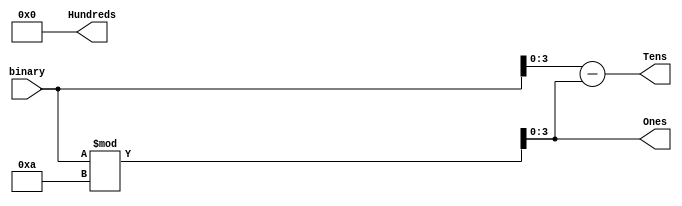
module BCD(
output wire [3:0] Hundreds,
output wire [3:0] Tens,
output wire [3:0] Ones,
input[7:0] binary);


assign Hundreds=0;
assign Tens=(binary-binary%10);
assign Ones=(binary%10);
//integer i;
//always@(binary)
//begin
//	//set100's,10's,and 1'sto0
//	Tens = 4'd0;
//	Hundreds=4'd0;
//	Ones =4'd0;
//	for(i=7;i>=0;i=i-1)
//	begin
//		//add 3 to columns>=5
//		if (Hundreds >= 5)
//			Hundreds=Hundreds + 3;
//		if (Tens >= 5)
//			Tens = Tens + 3;
//		if (Ones >= 5)
//			Ones = Ones + 3;
//		//shiftleftone
//		Hundreds =Hundreds << 1;
//		Hundreds[0] = Tens[3];
//		Tens=Tens << 1;
//		Tens[0]=Ones[3];
//		Ones =Ones << 1;
//		Ones[0] =binary[i];
//	end
//end
endmodule